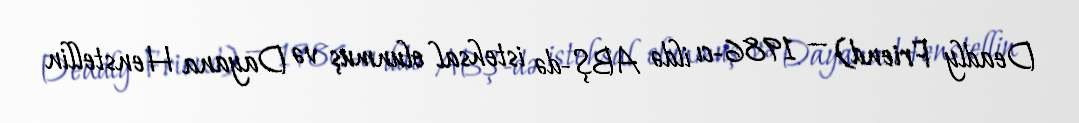
Deadly Friend) — 1986-cı ildə ABŞ-də istehsal olunmuş və Dayana Henstellin